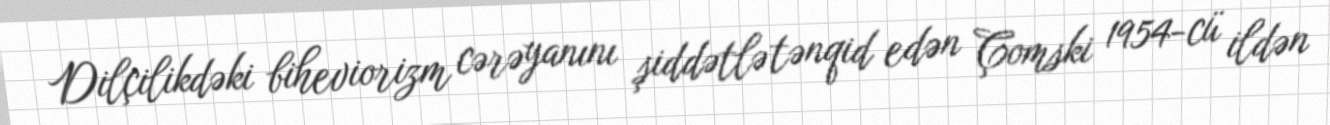
Dilçilikdəki biheviorizm cərəyanını şiddətlə tənqid edən Çomski 1954-cü ildən